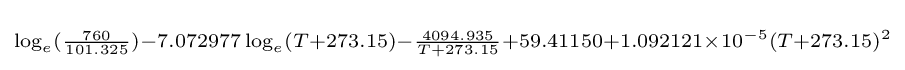
\scriptstyle \log _{e}({\frac {760}{101.325}})-7.072977\log _{e}(T+273.15)-{\frac {4094.935}{T+273.15}}+59.41150+1.092121\times 10^{-5}(T+273.15)^{2}